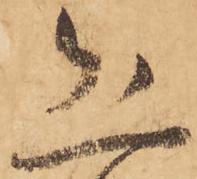
恐